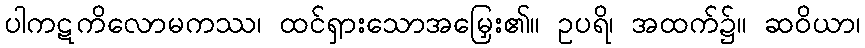
ပါကဋကိလောမကဿ၊ ထင်ရှားသောအမြှေး၏။ ဥပရိ၊ အထက်၌။ ဆဝိယာ၊